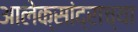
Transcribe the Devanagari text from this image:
आलेक्सांद्राच्या